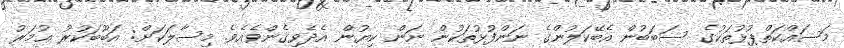
މަސައްކަތްޕުޅުތަކުގެ ސަބަބުން އެބޭކަލުންގެ ނަންފުޅުތަކުން ނަން ކިޔުން އެދެވިގެންވެއެވެ. މިސާލަކަށް: އަބޫބަކުރު ޢުމަރު